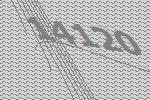
14120